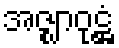
အဇ္ဈာဝုဋ္ဌံ